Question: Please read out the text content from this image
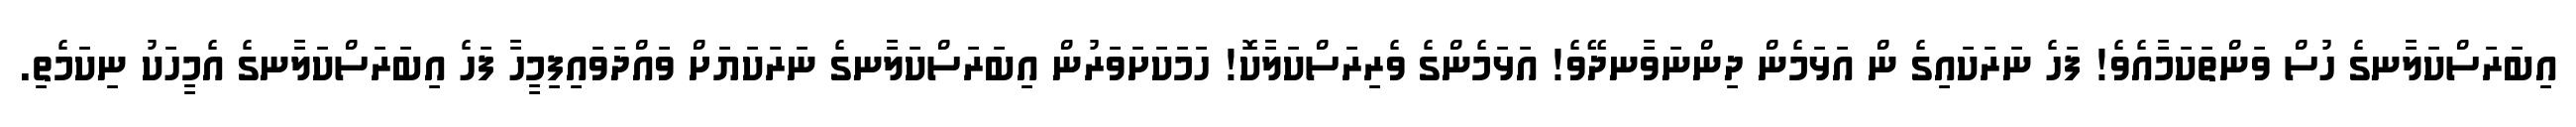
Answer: އިބަރަސްކަލާނގެ ހުސް ވަންތަކަމާއެވެ! ފަހެ ނަރަކައިގެ ން އަޅަމެން ދިންނަވާނދޭވެ! އަޅަމެންގެ ވެރިރަސްކަލާކޮ! ހަމަކަށަވަރުން އިބަރަސްކަލާނގެ ނަރަކަޔަށް ވައްދަވައިފިމީހާ ފަހެ އިބަރަސްކަލާނގެ އެމީހަކު ނިކަމެތި.